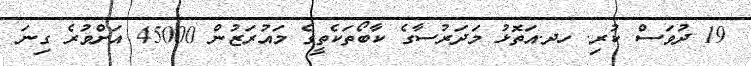
19 ދުވަސް ކުރި. ހދ.އަތޮޅު މަދަރުސާގެ ކާބޯތަކެތީގެ މައުރަޒުން 45000 އަށްވުރެ ގިނަ